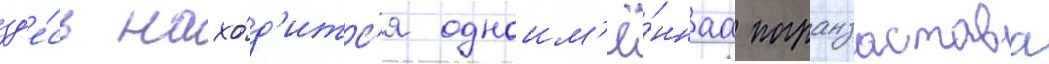
зд'е́сь нахо́д'итс'я одноим'ё́ннаа погранзастава